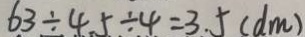
6 3 \div 4 . 5 \div 4 = 3 . 5 ( d m )